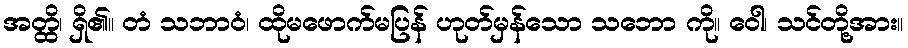
အတ္ထိ၊ ရှိ၏။ တံ သဘာဝံ၊ ထိုမဖောက်မပြန် ဟုတ်မှန်သော သဘော ကို။ ဝေါ၊ သင်တို့အား။